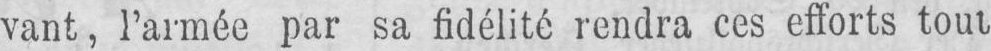
vant, l’armée par sa fidélité rendra ces efforts tout